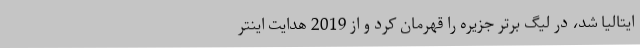
ایتالیا شد، در لیگ برتر جزیره را قهرمان کرد و از 2019 هدایت اینتر